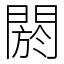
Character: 閼